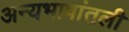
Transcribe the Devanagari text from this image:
अन्यभाषांतली